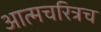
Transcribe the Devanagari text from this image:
आत्मचरित्रच